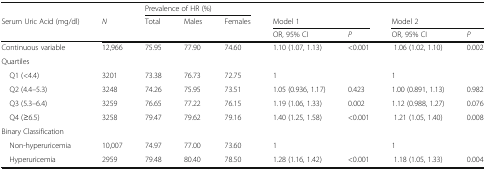
|  |  | <COLSPAN=3> Prevalence of HR (%) |  |  |  |  |
 | Serum Uric Acid (mg/dl) | N | Total | Males | Females | <COLSPAN=2> Model 1 | <COLSPAN=2> Model 2 |
 |  |  |  |  |  | OR, 95% CI | P | OR, 95% CI | P |
 | --- | --- | --- | --- | --- | --- | --- | --- | --- |
 | Continuous variable | 12,966 | 75.95 | 77.90 | 74.60 | 1.10 (1.07, 1.13) | <0.001 | 1.06 (1.02, 1.10) | 0.002 |
 | <COLSPAN=9> Quartiles |
 | Q1 (<4.4) | 3201 | 73.38 | 76.73 | 72.75 | 1 |  | 1 |  |
 | Q2 (4.4–5.3) | 3248 | 74.26 | 75.95 | 73.51 | 1.05 (0.936, 1.17) | 0.423 | 1.00 (0.891, 1.13) | 0.982 |
 | Q3 (5.3–6.4) | 3259 | 76.65 | 77.22 | 76.15 | 1.19 (1.06, 1.33) | 0.002 | 1.12 (0.988, 1.27) | 0.076 |
 | Q4 (≥6.5) | 3258 | 79.47 | 79.62 | 79.16 | 1.40 (1.25, 1.58) | <0.001 | 1.21 (1.05, 1.40) | 0.008 |
 | <COLSPAN=9> Binary Classification |
 | Non-hyperuricemia | 10,007 | 74.97 | 77.00 | 73.60 | 1 |  | 1 |  |
 | Hyperuricemia | 2959 | 79.48 | 80.40 | 78.50 | 1.28 (1.16, 1.42) | <0.001 | 1.18 (1.05, 1.33) | 0.004 |